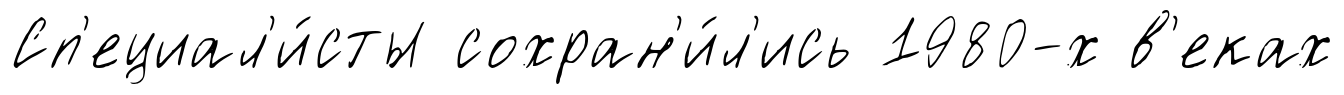
Сп'ециал'и́сты сохран'и́л'ись 1980-х в'еках